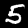
Digit: 5